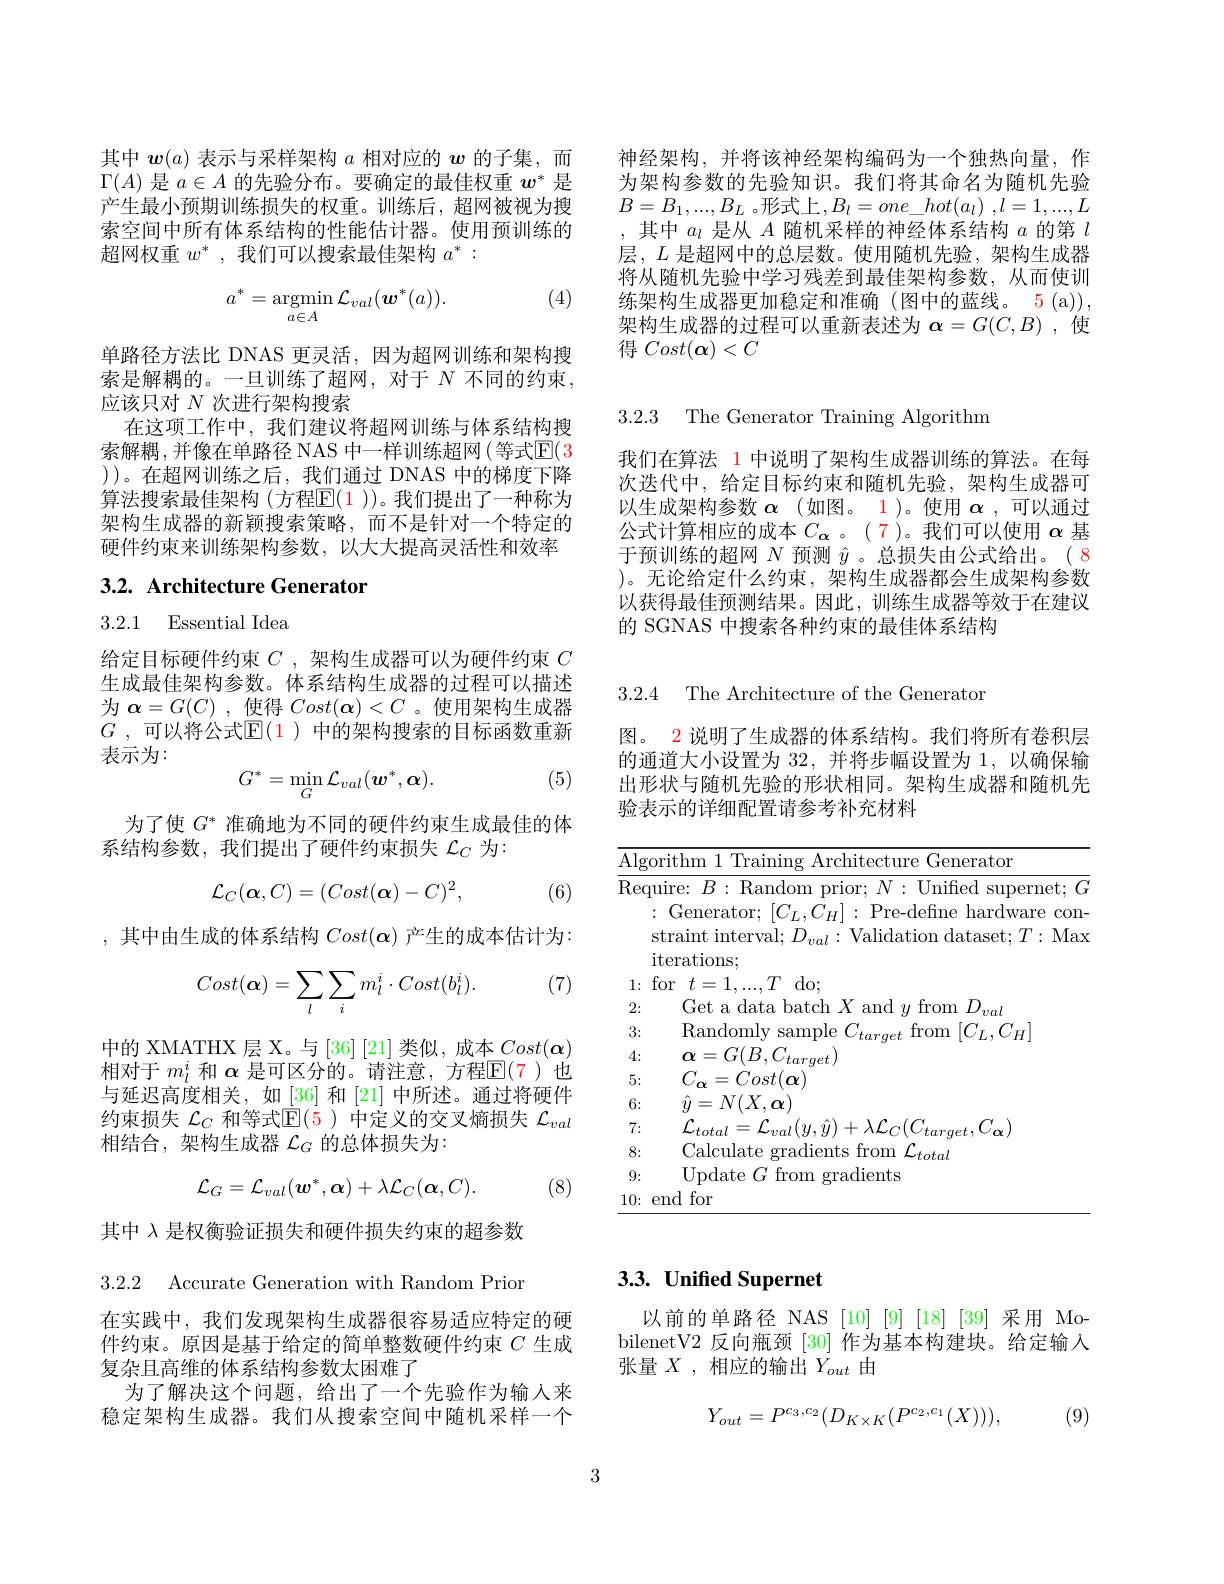
神经架构，并将该神经架构编码为一个独热向量，作为架构参数的先验知识。我们将其命名为随机先验$B=B_1,...,B_L$ 。形式上$, B_l= one\_ hot( a_l)$ $, l= 1, . . . , L$ ,其中$a_l$是从$A$随机采样的神经体系结构$a$的第$l$ 层，$L$是超网中的总层数。使用随机先验，架构生成器将从随机先验中学习残差到最佳架构参数，从而使训练架构生成器更加稳定和准确(图中的蓝线。5(a)), 架构生成器的过程可以重新表述为$\boldsymbol{\alpha}=G(C,B)$,使得$Cost(\boldsymbol{\alpha})<C$

3.2.3 The Generator Training Algorithm

我们在算法 1 中说明了架构生成器训练的算法。在每次迭代中，给定目标约束和随机先验，架构生成器可以生成架构参数$\alpha$ (如图。1)。使用$\alpha$,可以通过公式计算相应的成本$C_\alpha$ 。(7)。我们可以使用$\alpha$基于预训练的超网$N$预测$\hat{y}$ 。总损失由公式给出。(8 )。无论给定什么约束，架构生成器都会生成架构参数以获得最佳预测结果。因此，训练生成器等效于在建议的 SGNAS 中搜索各种约束的最佳体系结构

其中$w(a)$表示与采样架构$a$相对应的$w$的子集，而$\Gamma(A)$是$a\in A$的先验分布。要确定的最佳权重$w^*$是产生最小预期训练损失的权重。训练后，超网被视为搜索空间中所有体系结构的性能估计器。使用预训练的超网权重$w^*$,我们可以搜索最佳架构$a^*:$

(4)
$$a^*=\underset{a\in A}{\mathrm{argmin}}\mathcal{L}_{val}(\boldsymbol{w}^*(a)).$$
单路径方法比 DNAS 更灵活，因为超网训练和架构搜索是解耦的。一旦训练了超网，对于 $N$ 不同的约束， 应该只对$N$次进行架构搜索
在这项工作中，我们建议将超网训练与体系结构搜索解耦，并像在单路径 NAS 中一样训练超网(等式$\mathbb{E}(3$ ))。在超网训练之后，我们通过 DNAS 中的梯度下降算法搜索最佳架构(方程$\mathbb{E}(\color{red}1))$。我们提出了一种称为架构生成器的新颖搜索策略，而不是针对一个特定的硬件约束来训练架构参数，以大大提高灵活性和效率

## 3.2. Architecture Generator

## 3.2.1 Essential Idea

给定目标硬件约束$C$ ,架构生成器可以为硬件约束$C$ 生成最佳架构参数。体系结构生成器的过程可以描述为$\boldsymbol{\alpha}=G(C)$,使得$Cost(\boldsymbol{\alpha})<C$ 。使用架构生成器$G$ , 可以将公式$\mathbb{E}(1$ )中的架构搜索的目标函数重新表示为：

(5)
$$G^*=\min_{G}\mathcal{L}_{val}(\boldsymbol{w}^*,\boldsymbol{\alpha}).$$
为了使$G^*$准确地为不同的硬件约束生成最佳的体
系结构参数，我们提出了硬件约束损失$\mathcal{L}_C$为：
$$\mathcal{L}_C(\boldsymbol{\alpha},C)=(Cost(\boldsymbol{\alpha})-C)^2,$$
(6)

,其中由生成的体系结构$Cost(\boldsymbol{\alpha})$产生的成本估计为：

(7)
$$Cost(\boldsymbol{\alpha})=\sum_{l}\sum_{i}m_{l}^{i}\cdot Cost(b_{l}^{i}).$$
中的 XMATHX 层 X。与 [36] [21] 类似，成本$Cost(\boldsymbol{\alpha})$ 相对于$m_l^i$和$\alpha$是可区分的。请注意，方程$\mathbb{E}($7)也与延迟高度相关，如[36] 和[21] 中所述。通过将硬件约束损失$\mathcal{L}_C$和等式$\dot{\mathbb{E}}(5)$中定义的交叉熵损失$\mathcal{L}_val$ 相结合，架构生成器$\mathcal{L}_G$的总体损失为：
$$\mathcal{L}_{G}=\mathcal{L}_{val}(\boldsymbol{w}^{*},\boldsymbol{\alpha})+\lambda\mathcal{L}_{C}(\boldsymbol{\alpha},C).$$
(8)

其中$\lambda$是权衡验证损失和硬件损失约束的超参数3.2.2 Accurate Generation with Random Prior

在实践中，我们发现架构生成器很容易适应特定的硬件约束。原因是基于给定的简单整数硬件约束$C$生成复杂且高维的体系结构参数太困难了
为了解决这个问题，给出了一个先验作为输入来稳定架构生成器。我们从搜索空间中随机采样一个

3.2.4 The Architecture of the Generator

图。2 说明了生成器的体系结构。我们将所有卷积层的通道大小设置为32，并将步幅设置为1，以确保输出形状与随机先验的形状相同。架构生成器和随机先验表示的详细配置请参考补充材料

<table>
	<tbody>
		<tr>
			<td>Algorit</td>
			<td>Generator $1\boldsymbol{\Upsilon}$ $^{*}1\uparrow h$ Arrh</td>
		</tr>
		<tr>
			<td>Algorit Requir str: itel</td>
			<td>orithm 1 Training Architecture Generator uire: $B:$ Random prior; $N:$ Unified supernet; Generator; $[C_{L},C_{H}]:$ Pre-defne hardware co straint interval; $D_{val}:$ Validation dataset; $T:$ Ma $\operatorname{iterations};$</td>
		</tr>
		<tr>
			<td>3:</td>
			<td>Ran</td>
		</tr>
		<tr>
			<td>4:</td>
			<td>$\boldsymbol{\alpha}=\boldsymbol{\alpha}_{1}$ $(\tau)H.$ $i$ $(t_{t}$ tarqet ,</td>
		</tr>
		<tr>
			<td>5:</td>
			<td>$C_{\alpha}$ $=Cost(\boldsymbol{\alpha})$</td>
		</tr>
		<tr>
			<td>6:</td>
			<td>$\hat{y}=N(X,\boldsymbol{\alpha})$</td>
		</tr>
		<tr>
			<td>7:</td>
			<td>$\lambda L_{cC}(C)$ 71 $\eta\iota$ 1 $I$ </td>
		</tr>
		<tr>
			<td>8:</td>
			<td>Calculate cadients s from $\mathcal{L}_{total}$ </td>
		</tr>
		<tr>
			<td>9:</td>
			<td>Update from $\operatorname{radients}$ $I_{\mathbf{T}}$</td>
		</tr>
		<tr>
			<td>10: enc</td>
			<td>for pnd</td>
		</tr>
	</tbody>
</table>

$\overline{G}$

## 3.3. Unified Supernet

以前的单路径 NAS [10] [9] [18] [39] 采用 MobilenetV2 反向瓶颈 [30] 作为基本构建块。给定输入张量$X$ ,相应的输出$Y_out$由
$$Y_{out}=P^{c_3,c_2}(D_{K\times K}(P^{c_2,c_1}(X))),$$
(9)

3